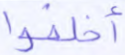
أخلفوا